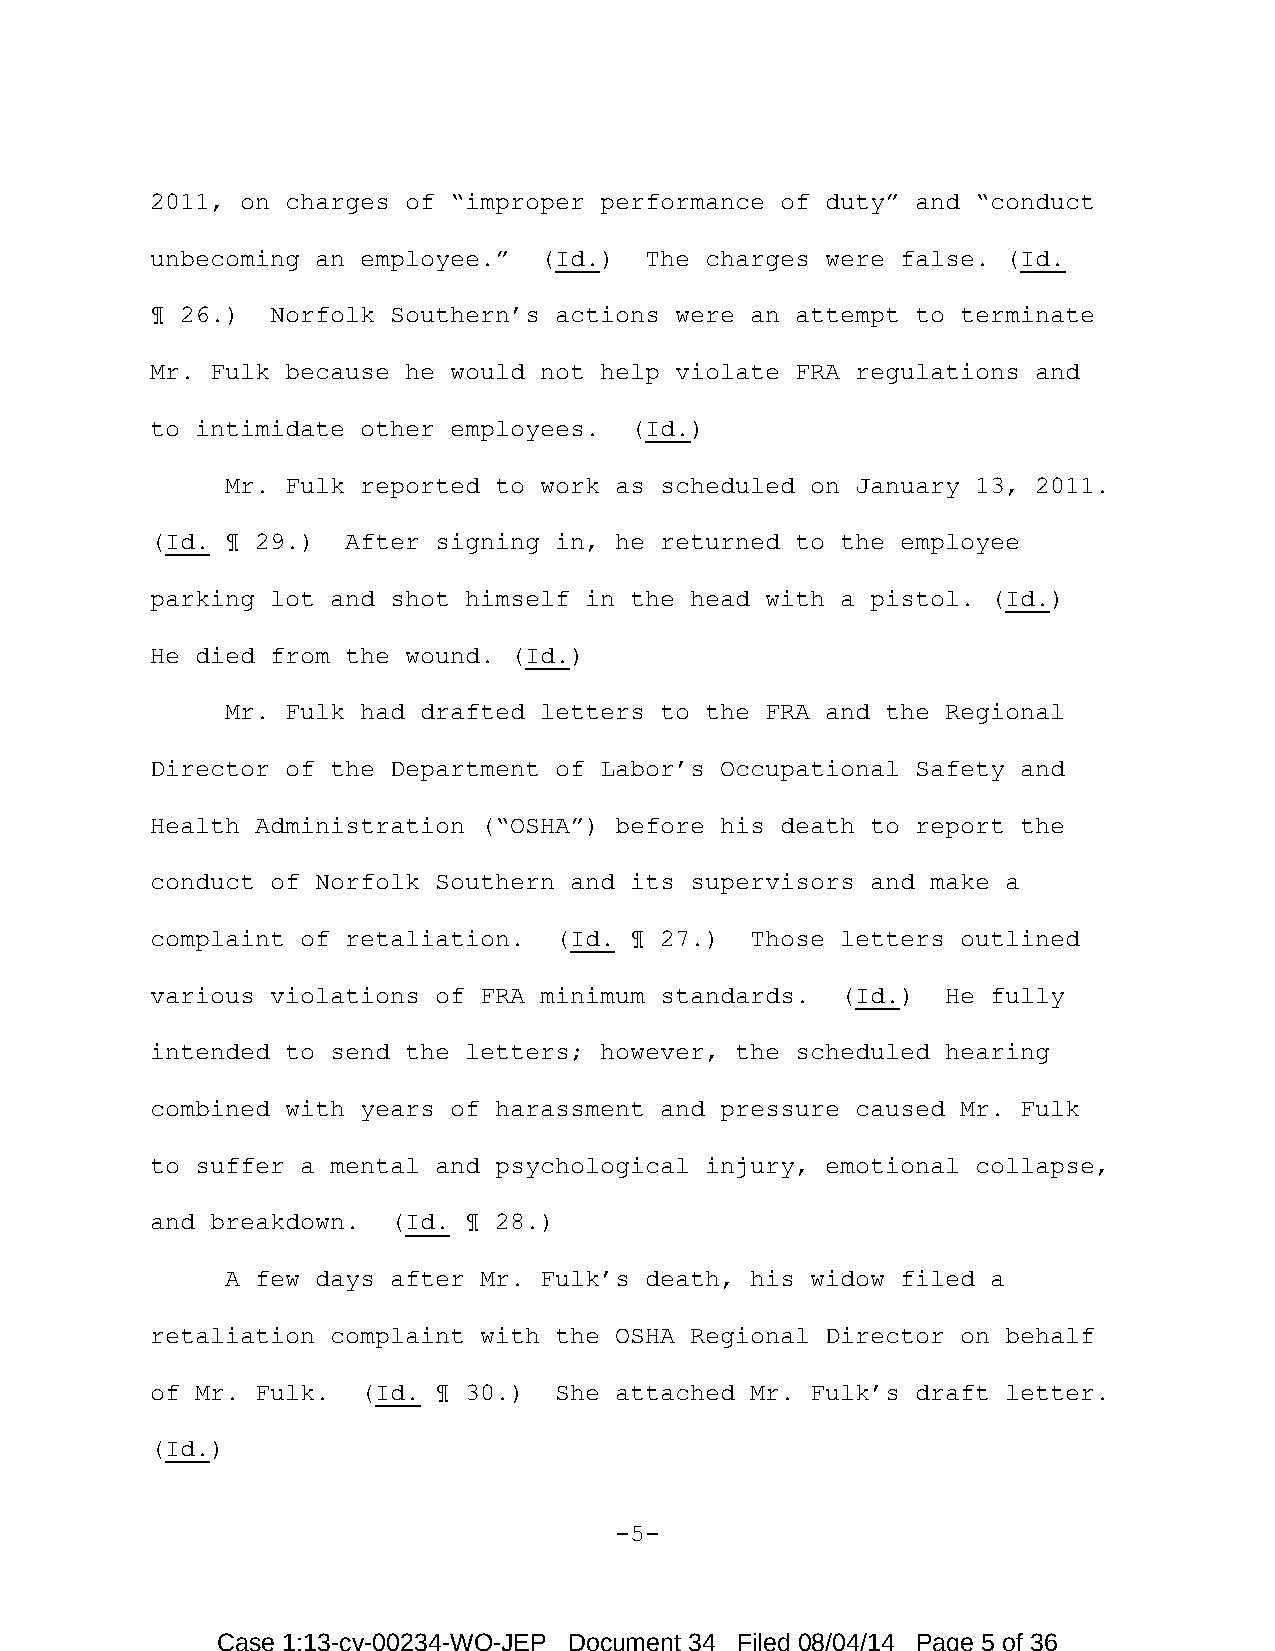
2011, on charges of “improper performance of duty” and “conduct
 unbecoming an employee.”  (Id.)  The charges were false. (Id.
 ¶ 26.)  Norfolk Southern’s actions were an attempt to terminate
 Mr. Fulk because he would not help violate FRA regulations and
 to intimidate other employees.  (Id.)
 Mr. Fulk reported to work as scheduled on January 13, 2011.
 (Id. ¶ 29.)  After signing in, he returned to the employee
 parking lot and shot himself in the head with a pistol. (Id.)
 He died from the wound. (Id.)
 Mr. Fulk had drafted letters to the FRA and the Regional
 Director of the Department of Labor’s Occupational Safety and
 Health Administration (“OSHA”) before his death to report the
 conduct of Norfolk Southern and its supervisors and make a
 complaint of retaliation.  (Id. ¶ 27.)  Those letters outlined
 various violations of FRA minimum standards.  (Id.)  He fully
 intended to send the letters; however, the scheduled hearing
 combined with years of harassment and pressure caused Mr. Fulk
 to suffer a mental and psychological injury, emotional collapse,
 and breakdown.  (Id. ¶ 28.)
 A few days after Mr. Fulk’s death, his widow filed a
 retaliation complaint with the OSHA Regional Director on behalf
 of Mr. Fulk.  (Id. ¶ 30.)  She attached Mr. Fulk’s draft letter.
 (Id.)
 -5-
 Case 1:13-cv-00234-WO-JEP Document 34 Filed 08/04/14 Page 5 of 36